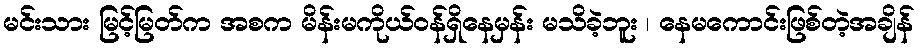
မင်းသား မြင့်မြတ်က အစက မိန်းမကိုယ်ဝန်ရှိနေမှန်း မသိခဲ့ဘူး ၊ နေမကောင်းဖြစ်တဲ့အချိန်